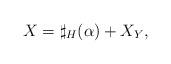
LaTeX: \begin{align*}X=\sharp_{H}(\alpha)+X_{Y},\end{align*}